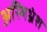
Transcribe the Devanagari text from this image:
अस्थिभ्रंश